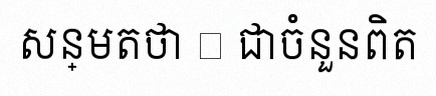
សន្មតថា x ជាចំនួនពិត